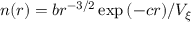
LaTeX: n ( r ) = b r ^ { - 3 / 2 } \exp { ( - c r ) } / V _ { \xi }